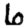
Digit: 6